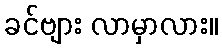
ခင်ဗျား လာမှာလား။